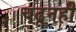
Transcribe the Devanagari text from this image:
चढूनही